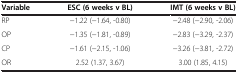
<table><thead><tr><td><b>Variable</b></td><td><b>ESC (6 weeks v BL)</b></td><td><b>IMT (6 weeks v BL)</b></td></tr></thead><tbody><tr><td>RP</td><td>−1.22 (−1.64, -0.80)</td><td>−2.48 (−2.90, -2.06)</td></tr><tr><td>OP</td><td>−1.35 (−1.81, -0.89)</td><td>−2.83 (−3.29, -2.37)</td></tr><tr><td>CP</td><td>−1.61 (−2.15, -1.06)</td><td>−3.26 (−3.81, -2.72)</td></tr><tr><td>OR</td><td>2.52 (1.37, 3.67)</td><td>3.00 (1.85, 4.15)</td></tr></tbody></table>